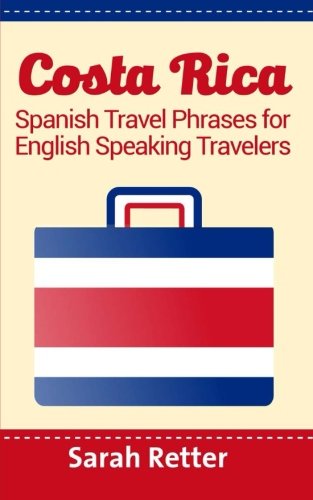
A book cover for Costa Rica: Spanish Travel Phrases  For English Speaking Travelers: The most useful 1.000 phrases to get around when traveling in Costa Rica; Sarah Retter; Travel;